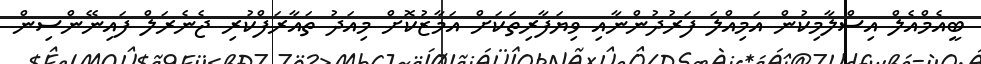
ބީއެމްއެލް އިސްލާމިކުން އަމިއްލަ ފަރުދުންނާއި ވިޔަފާރިތަކަށް އަމާޒުކޮށް މިއަދު ތައާރަފްކުރި ޖެނެރަލް ފައިނޭންސިން